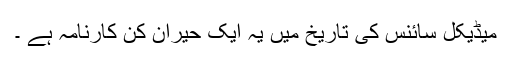
میڈیکل سائنس کی تاریخ میں یہ ایک حیران کن کارنامہ ہے ۔